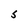
Character: S